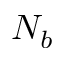
N _ { b }